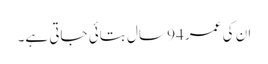
ان کی عمر 94 سال بتائی جاتی ہے۔